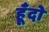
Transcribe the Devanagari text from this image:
हूँदो